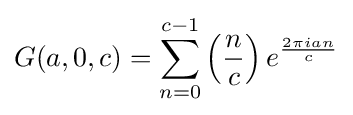
G(a,0,c)=\sum _{n=0}^{c-1}\left({\frac {n}{c}}\right)e^{\frac {2\pi ian}{c}}